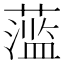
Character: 𬞫